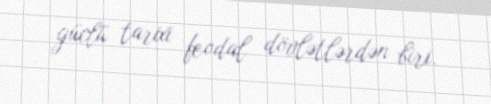
güclü tarixi feodal dövlətlərdən biri.